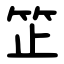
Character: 䇛